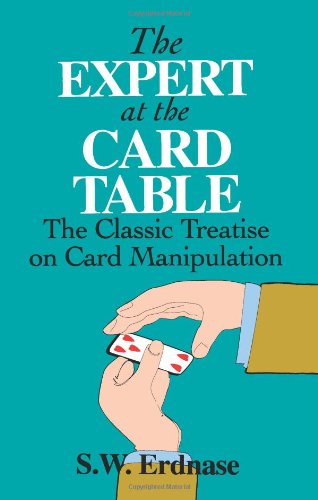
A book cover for The Expert at the Card Table: The Classic Treatise on Card Manipulation (Dover Magic Books); S. W. Erdnase; Humor & Entertainment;